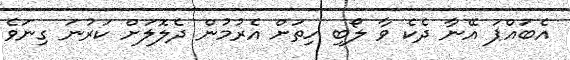
އެބައްޕަ އޭނާ ދެކެ ވާ ލޯބި ހިތަށް އެރުމުން ދެލޮލަށް ކަރުނަ ގިނަވެ